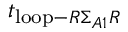
t _ { \mathrm { l o o p } - R \Sigma _ { A 1 } R }